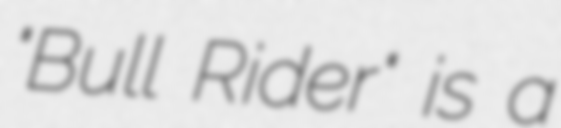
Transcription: "Bull Rider" is a